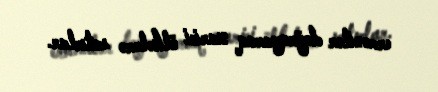
ermənilər doğrayaraq xarici ölkələrə satırlar.